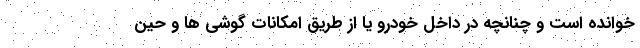
خوانده است و چنانچه در داخل خودرو یا از طریق امکانات گوشی ها و حین